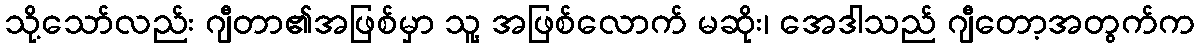
သို့သော်လည်း ဂျီတာ၏အဖြစ်မှာ သူ့ အဖြစ်လောက် မဆိုး၊ အေဒါသည် ဂျီတော့အတွက်က